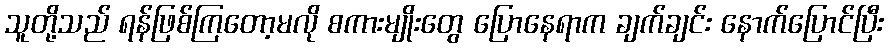
သူတို့သည် ရန်ဖြစ်ကြတော့မလို စကားမျိုးတွေ ပြောနေရာက ချက်ချင်း နောက်ပြောင်ပြီး